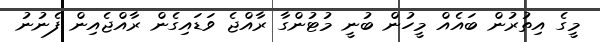
މީގެ އިތުރުން ބައެއް މީހުން ބުނީ މުޓުންގާ ރާއްޖެ ވަޑައިގެން ރާއްޖެއިން ފެނުނު